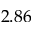
2 . 8 6